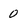
Character: 0